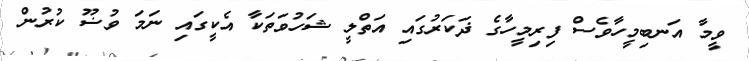
ވީމާ އަނބިމީހާވެސް ފިރިމީހާގެ ޛަކަރުގައި އަތްލީ ޝަހުވަތަކާ އެކީގައި ނަމަ ވުޟޫ ކުރުން